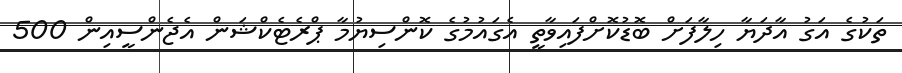
ތަކުގެ އަގު އާދަޔާ ހިލާފަށް ބޮޑުކޮށްފައިވާތީ އެގައުމުގެ ކޮންސިޔުމާ ޕްރެޓެކްޝަން އެޖެންސީއިން 500